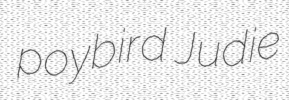
poybird Judie